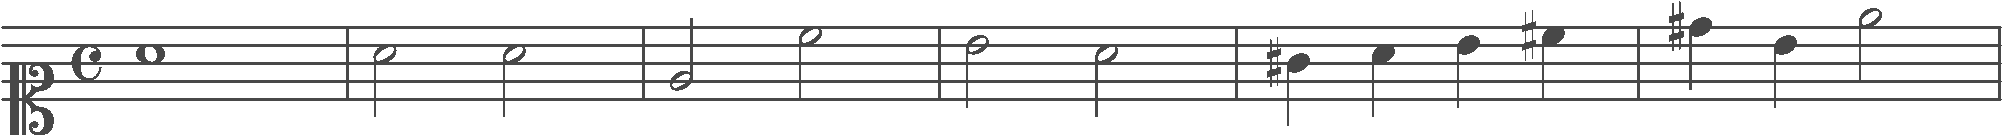
Transcription: clef-C1 timeSignature-C note-A4_whole barline note-A4_half note-A4_half barline note-E4_half note-C5_half barline note-B4_half note-A4_half barline note-G#4_quarter note-A4_quarter note-B4_quarter note-C#5_quarter barline note-D#5_quarter note-B4_quarter note-E5_half barline